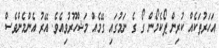
އަހަރުތަކެއް ކުރިން ޕޯކެމޯން ގޯ ގެ ނަމުގައި ގޭމެއް މަޝްހޫރުވިއެވެ. އޭރު އެންމެންވެސް